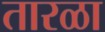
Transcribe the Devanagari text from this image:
तारळा